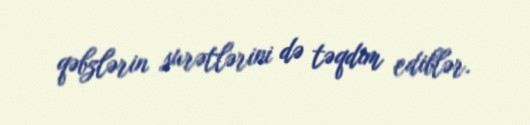
qəbzlərin surətlərini də təqdim ediblər.